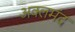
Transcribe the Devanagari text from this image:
अक्लमंद